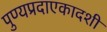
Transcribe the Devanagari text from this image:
पुण्यप्रदाएकादशी